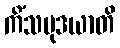
ကိံသမုဒယာတိ